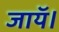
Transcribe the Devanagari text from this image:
जायॅ।